65_HS1-834228961_62-HQ-83894_Section_6
Agency: FBI
Page 208
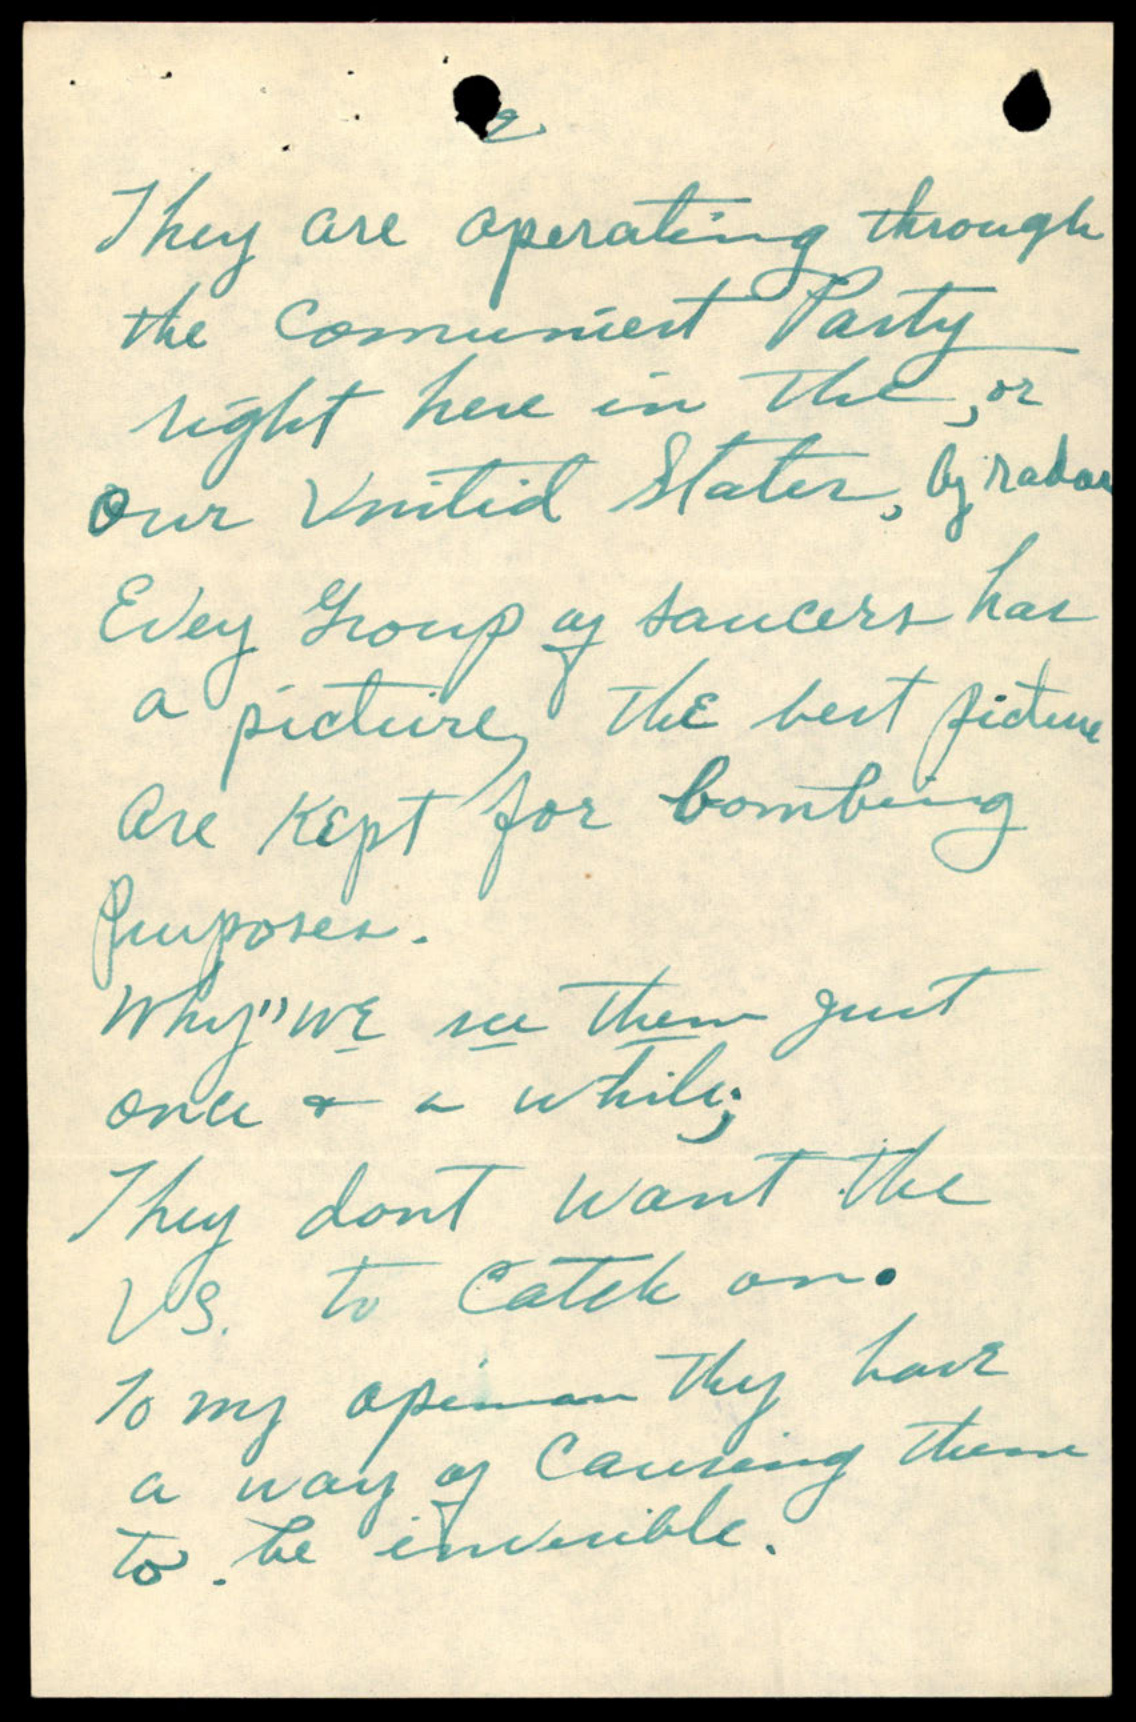